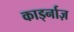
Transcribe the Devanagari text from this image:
कार्ड्नाज़